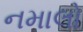
નમાલો